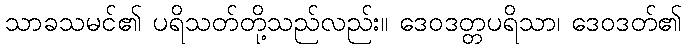
သာခသမင်၏ ပရိသတ်တို့သည်လည်း။ ဒေဝဒတ္တပရိသာ၊ ဒေဝဒတ်၏